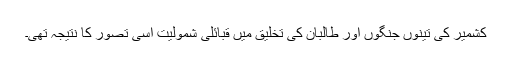
کشمیر کی تینوں جنگوں اور طالبان کی تخلیق میں قبائلی شمولیت اسی تصور کا نتیجہ تھی۔